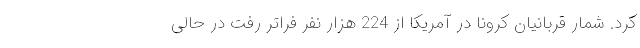
کرد. شمار قربانیان کرونا در آمریکا از 224 هزار نفر فراتر رفت در حالی